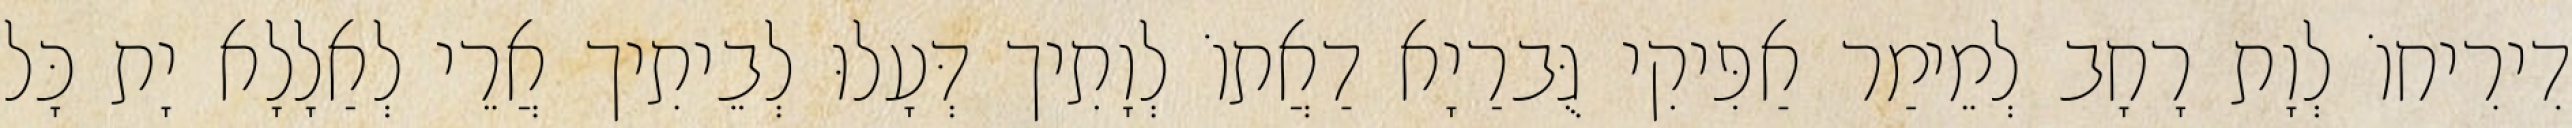
דִירִיחוֹ לְוָת רָחָב לְמֵימַר אַפִּיקִי גֻּברַיָא דַאֲתוֹ לְוָתִיך דְּעָלוּ לְבֵיתִיך אֲרֵי לְאַלָלָא יָת כָּל